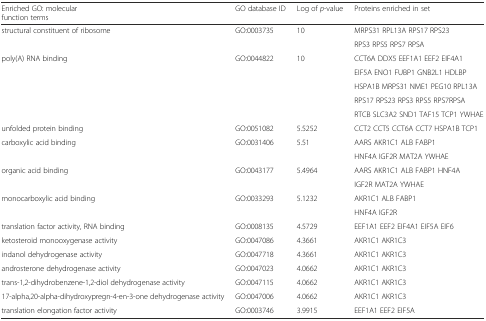
<table><thead><tr><td><b>Enriched GO: molecular function terms</b></td><td><b>GO database ID</b></td><td><b>Log of <i>p</i>-value</b></td><td><b>Proteins enriched in set</b></td></tr></thead><tbody><tr><td rowspan="2">structural constituent of ribosome</td><td rowspan="2">GO:0003735</td><td rowspan="2">10</td><td>MRPS31 RPL13A RPS17 RPS23</td></tr><tr><td>RPS3 RPS5 RPS7 RPSA</td></tr><tr><td rowspan="5">poly(A) RNA binding</td><td rowspan="5">GO:0044822</td><td rowspan="5">10</td><td>CCT6A DDX5 EEF1A1 EEF2 EIF4A1</td></tr><tr><td>EIF5A ENO1 FUBP1 GNB2L1 HDLBP</td></tr><tr><td>HSPA1B MRPS31 NME1 PEG10 RPL13A</td></tr><tr><td>RPS17 RPS23 RPS3 RPS5 RPS7RPSA</td></tr><tr><td>RTCB SLC3A2 SND1 TAF15 TCP1 YWHAE</td></tr><tr><td>unfolded protein binding</td><td>GO:0051082</td><td>5.5252</td><td>CCT2 CCT5 CCT6A CCT7 HSPA1B TCP1</td></tr><tr><td rowspan="2">carboxylic acid binding</td><td rowspan="2">GO:0031406</td><td rowspan="2">5.51</td><td>AARS AKR1C1 ALB FABP1</td></tr><tr><td>HNF4A IGF2R MAT2A YWHAE</td></tr><tr><td rowspan="2">organic acid binding</td><td rowspan="2">GO:0043177</td><td rowspan="2">5.4964</td><td>AARS AKR1C1 ALB FABP1 HNF4A</td></tr><tr><td>IGF2R MAT2A YWHAE</td></tr><tr><td rowspan="2">monocarboxylic acid binding</td><td rowspan="2">GO:0033293</td><td rowspan="2">5.1232</td><td>AKR1C1 ALB FABP1</td></tr><tr><td>HNF4A IGF2R</td></tr><tr><td>translation factor activity, RNA binding</td><td>GO:0008135</td><td>4.5729</td><td>EEF1A1 EEF2 EIF4A1 EIF5A EIF6</td></tr><tr><td>ketosteroid monooxygenase activity</td><td>GO:0047086</td><td>4.3661</td><td>AKR1C1 AKR1C3</td></tr><tr><td>indanol dehydrogenase activity</td><td>GO:0047718</td><td>4.3661</td><td>AKR1C1 AKR1C3</td></tr><tr><td>androsterone dehydrogenase activity</td><td>GO:0047023</td><td>4.0662</td><td>AKR1C1 AKR1C3</td></tr><tr><td>trans-1,2-dihydrobenzene-1,2-diol dehydrogenase activity</td><td>GO:0047115</td><td>4.0662</td><td>AKR1C1 AKR1C3</td></tr><tr><td>17-alpha,20-alpha-dihydroxypregn-4-en-3-one dehydrogenase activity</td><td>GO:0047006</td><td>4.0662</td><td>AKR1C1 AKR1C3</td></tr><tr><td>translation elongation factor activity</td><td>GO:0003746</td><td>3.9915</td><td>EEF1A1 EEF2 EIF5A</td></tr></tbody></table>